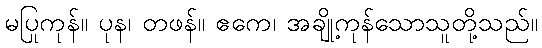
မပြုကုန်။ ပုန၊ တဖန်။ ဧကေ၊ အချို့ကုန်သောသူတို့သည်။